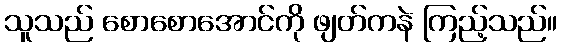
သူသည် စောစောအောင်ကို ဖျတ်ကနဲ ကြည့်သည်။